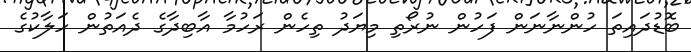
ބޮޑުދައިތަ ހުންނާނަން ފަހުން ނުރޯތި މިޔަދު ތިހެން ރަހުމާ އާބިދާގެ ދެއަތުން ހަލާކުގެ